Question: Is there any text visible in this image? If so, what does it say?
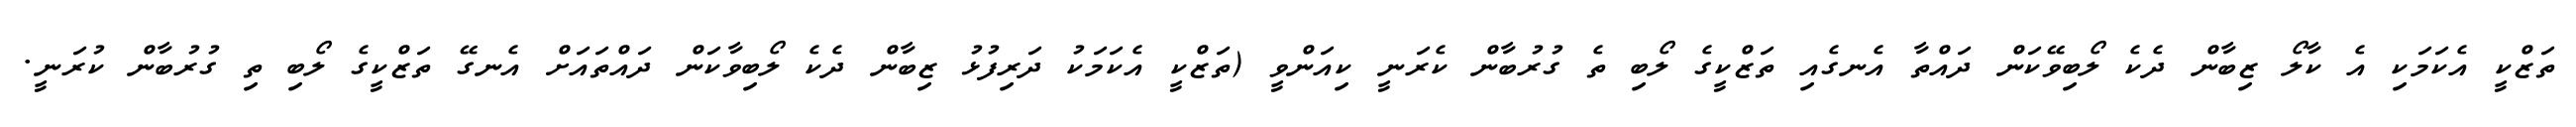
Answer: ތަޒްކީ އެކަމަކި އެ ކާލޯ ޒިބާން ދެކެ ލޯބިވޭކަން ދައްތާ އެނގެއި ތަޒްކީގެ ލޯބި ތެ ގުރުބާން ކެރަނީ ކިއަންވީ (ތަޒްކީ އެކަމަކު ދަރިފުޅު ޒިބާން ދެކެ ލޯބިވާކަން ދައްތައަށް އެނގޭ ތަޒްކީގެ ލޯބި ތި ގުރުބާން ކުރަނީ.